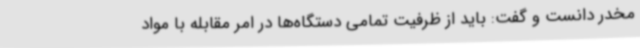
مخدر دانست و گفت: باید از ظرفیت تمامی دستگاه‌ها در امر مقابله با مواد